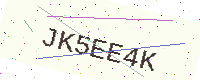
Text: JK5EE4K